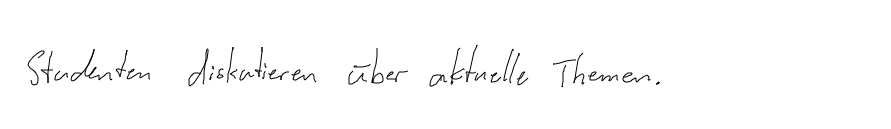
Studenten diskutieren über aktuelle Themen.